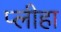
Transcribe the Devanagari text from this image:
प्‍लीहा